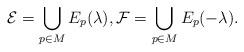
LaTeX: \begin{align*}\mathcal{E}=\bigcup_{p\in M}E_p(\lambda),\mathcal{F}=\bigcup_{p\in M}E_p(-\lambda). \end{align*}